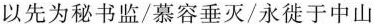
以先为秘书监/慕容垂灭/永徙于中山